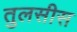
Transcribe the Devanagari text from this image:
तुलसीस